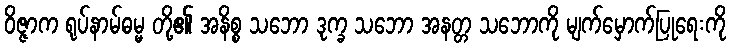
ဝိဇ္ဇာက ရုပ်နာမ်ဓမ္မ တို့၏ အနိစ္စ သဘော ဒုက္ခ သဘော အနတ္တ သဘောကို မျက်မှောက်ပြုရေးကို